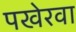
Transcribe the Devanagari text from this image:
पखेरवा